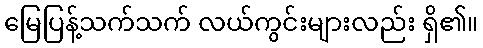
မြေပြန့်သက်သက် လယ်ကွင်းများလည်း ရှိ၏။